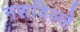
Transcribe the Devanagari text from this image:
नशविल्ले